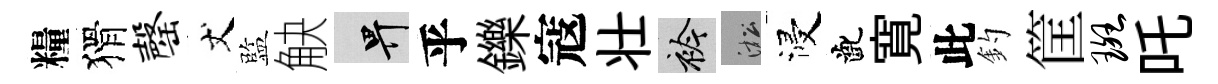
糧猾罄丈監觖畀乎鑠寇壮衿淞浸齔寛此釣筐斑吒